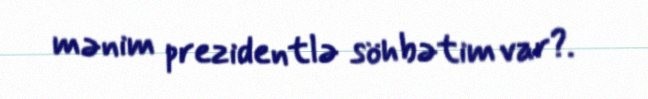
mənim prezidentlə söhbətim var?.